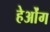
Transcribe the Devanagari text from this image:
हेओंग